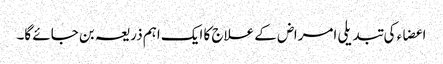
اعضاء کی تبدیلی امراض کے علاج کا ایک اہم ذریعہ بن جائے گا۔